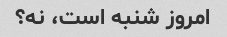
امروز شنبه است، نه؟